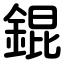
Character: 錕